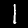
Digit: 1